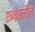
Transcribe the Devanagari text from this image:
एन्थ्रेक्नोज